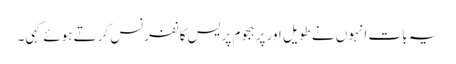
یہ بات انہوں نے طویل اور پرہجوم پریس کانفرنس کرتے ہوئے کہی۔